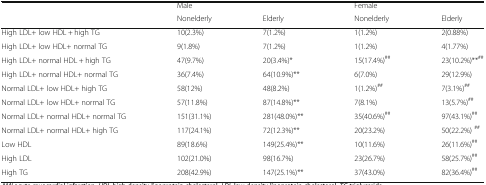
<table><thead><tr><td rowspan="2"></td><td><b>Male</b></td><td></td><td><b>Female</b></td><td></td></tr><tr><td><b>Nonelderly</b></td><td><b>Elderly</b></td><td><b>Nonelderly</b></td><td><b>Elderly</b></td></tr></thead><tbody><tr><td>High LDL+ low HDL + high TG</td><td>10(2.3%)</td><td>7(1.2%)</td><td>1(1.2%)</td><td>2(0.88%)</td></tr><tr><td>High LDL+ low HDL+ normal TG</td><td>9(1.8%)</td><td>7(1.2%)</td><td>1(1.2%)</td><td>4(1.77%)</td></tr><tr><td>High LDL+ normal HDL + high TG</td><td>47(9.7%)</td><td>20(3.4%)*</td><td>15(17.4%)<sup>##</sup></td><td>23(10.2%)**<sup>##</sup></td></tr><tr><td>High LDL+ normal HDL+ normal TG</td><td>36(7.4%)</td><td>64(10.9%)**</td><td>6(7.0%)</td><td>29(12.9%)</td></tr><tr><td>Normal LDL+ low HDL+ high TG</td><td>58(12%)</td><td>48(8.2%)</td><td>1(1.2%)<sup>##</sup></td><td>7(3.1%)<sup>##</sup></td></tr><tr><td>Normal LDL+ low HDL+ normal TG</td><td>57(11.8%)</td><td>87(14.8%)**</td><td>7(8.1%)</td><td>13(5.7%)<sup>##</sup></td></tr><tr><td>Normal LDL+ normal HDL+ normal TG</td><td>151(31.1%)</td><td>281(48.0%)**</td><td>35(40.6%)<sup>##</sup></td><td>97(43.1%)<sup>##</sup></td></tr><tr><td>Normal LDL+ normal HDL+ high TG</td><td>117(24.1%)</td><td>72(12.3%)**</td><td>20(23.2%)</td><td>50(22.2%) <sup>##</sup></td></tr><tr><td>Low HDL</td><td>89(18.6%)</td><td>149(25.4%)**</td><td>10(11.6%)</td><td>26(11.6%)<sup>##</sup></td></tr><tr><td>High LDL</td><td>102(21.0%)</td><td>98(16.7%)</td><td>23(26.7%)</td><td>58(25.7%)<sup>##</sup></td></tr><tr><td>High TG</td><td>208(42.9%)</td><td>147(25.1%)**</td><td>37(43.0%)</td><td>82(36.4%)<sup>##</sup></td></tr></tbody></table>